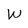
Character: W